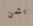
بثمن